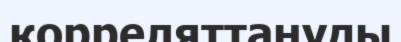
корреляттануды